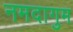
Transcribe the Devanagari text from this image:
नमदागुम